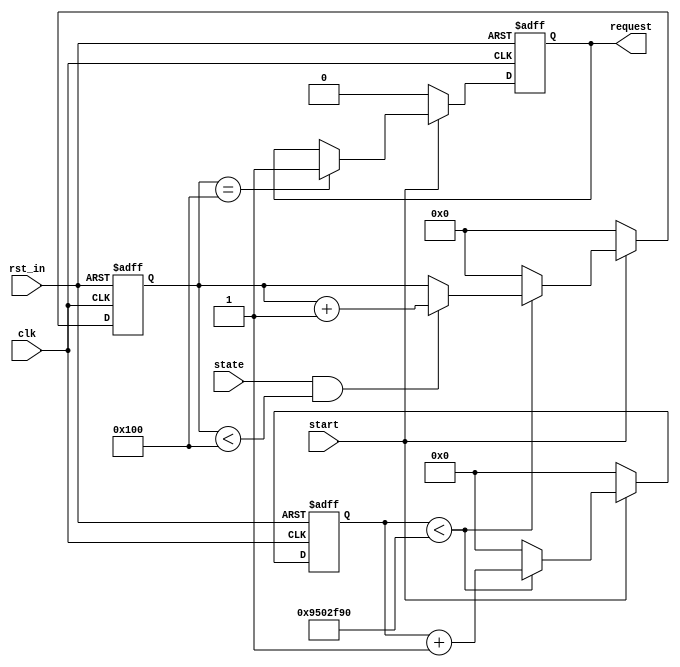
module gtx_detect1 #
	(
		parameter	clk_freq		=	156250000,
		parameter	timer			=	1,
		parameter	req_num		=	256
	)
	(
		input					rst_in,
		input					clk,
		
		input					state,
		input					start,
		
		output	reg		request
		
    );


reg		[34:0]		cnt;
reg		[9:0]			err_cnt;


//start'1'clk_freq*timerstatereq_num'1'request'1'
always @(posedge clk or posedge rst_in) begin
	if(rst_in) begin
		cnt			<=	35'h0;
		err_cnt	<=	10'h0;
		request	<=	1'b0;
	end
	else begin
		if(start) begin
			if(cnt < (clk_freq * timer)) begin
				cnt	<=	cnt + 1'b1;
				if(state && (err_cnt<req_num)) begin
					err_cnt <= err_cnt + 1'b1;
				end else begin
					err_cnt <= err_cnt;
				end
			end else begin
				cnt	<=	35'h0;
				err_cnt	<=	10'h0;
			end	 
			
			if(err_cnt==req_num) begin
				request <= 1'b1; 
			end else begin
				request <= request;
			end	   
		end	else begin
			cnt			<=	35'h0;
			err_cnt	<=	10'h0; 
			request	<=	1'b0;
		end 
	end
end 

endmodule